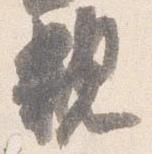
親